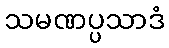
သမဏပ္ပသာဒံ